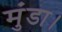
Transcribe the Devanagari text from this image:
मुंडा।